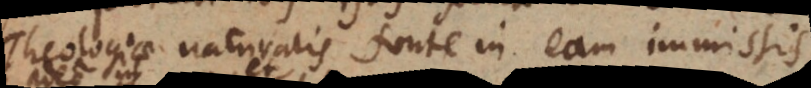
Theologiae naturalis fonte in eam immissis.